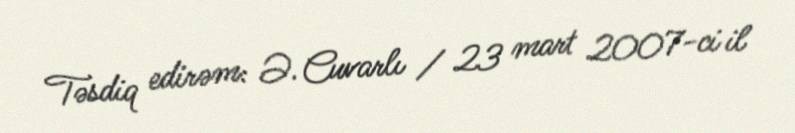
Təsdiq edirəm: Ə. Cuvarlı / 23 mart 2007-ci il